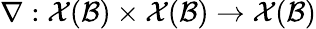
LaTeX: \nabla:\mathcal{X}(\mathcal{B})\times\mathcal{X}(\mathcal{B})\rightarrow\mathcal{X}(\mathcal{B})